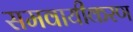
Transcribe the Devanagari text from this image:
समवायीकरण